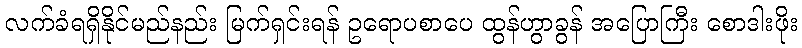
လက်ခံရရှိနိုင်မည်နည်း မြက်ရှင်းရန် ဥရောပစာပေ ထွန်ဟွာခွန် အပြောကြီး စောဒါးဖိုး